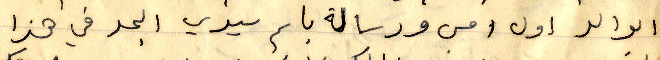
الوالد اول امس ورسالة باسم سيدي الجد في هذا